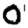
Digit: 0